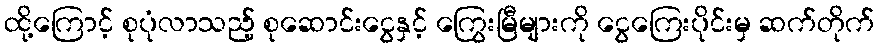
ထို့ကြောင့် စုပုံလာသည့် စုဆောင်းငွေနှင့် ကြွေးမြီများကို ငွေကြေးပိုင်းမှ ဆက်တိုက်